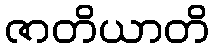
ဇာတိယာတိ